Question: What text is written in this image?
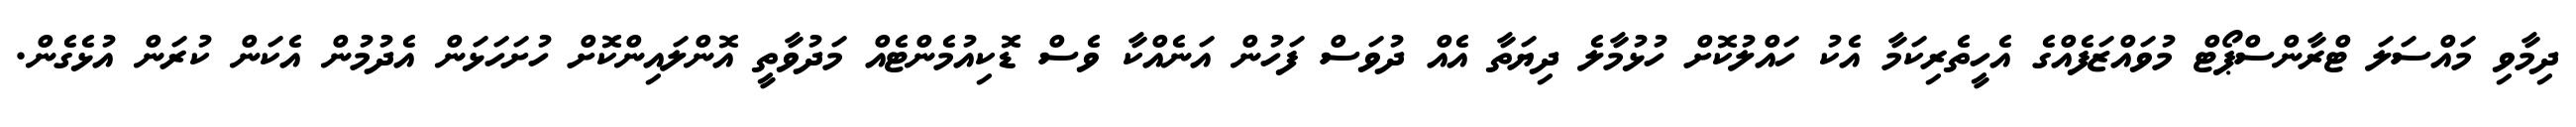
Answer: ދިމާވި މައްސަލަ ޓްރާންސްޕޯޓް މުވައްޒަފެއްގެ އެހީތެރިކަމާ އެކު ހައްލުކޮށް ހުޅުމާލެ ދިޔަތާ އެއް ދުވަސް ފަހުން އަނެއްކާ ވެސް ޑޮކިއުމެންޓެއް މަދުވާތީ އޮންލައިންކޮށް ހުށަހަޅަން އެދުމުން އެކަން ކުރަން އުޅެގެން.